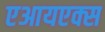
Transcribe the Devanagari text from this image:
एआयएक्स